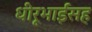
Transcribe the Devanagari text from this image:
धीरूभाईंसह